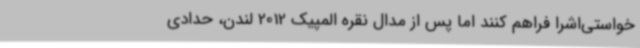
خواستی‌اشرا فراهم کنند اما پس از مدال نقره المپیک 2012 لندن، حدادی